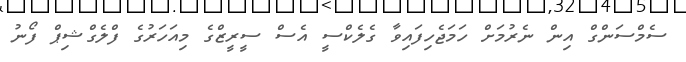
ސެމްސަންގް އިން ނެރުމަށް ހަމަޖެހިފައިވާ ގެލެކްސީ އެސް ސީރީޒްގެ މިއަހަރުގެ ފްލެގްޝިޕް ފޯނު